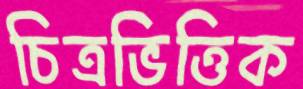
চিত্রভিত্তিক